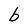
Character: b